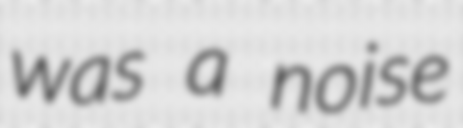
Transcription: was a noise